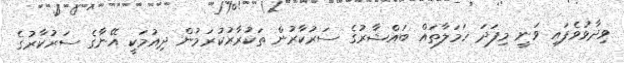
ވިދާޅުވެފައި ވަނީ މިފަދަ ހަމަލާތައް ބައްޝާރުގެ ސަރުކާރުން ތަކުރާރުކުރަމުން ދިއުމަކީ އޭނާގެ ސަރުކާރުގެ